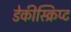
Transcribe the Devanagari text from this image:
डेकीस्क्रिप्ट